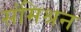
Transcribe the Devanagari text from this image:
संमिश्रन